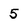
Character: 5